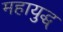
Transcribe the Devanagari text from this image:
महायुद्ध्